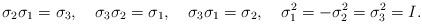
LaTeX: \begin{align*}\sigma_2 \sigma_1 =\sigma_3,\quad\sigma_3 \sigma_2 =\sigma_1,\quad\sigma_3 \sigma_1 =\sigma_2,\quad\sigma_1^2=- \sigma_2^2 =\sigma_3^2=I.\end{align*}